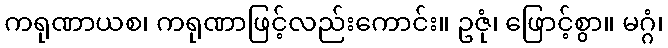
ကရုဏာယစ၊ ကရုဏာဖြင့်လည်းကောင်း။ ဥဇုံ၊ ဖြောင့်စွာ။ မဂ္ဂံ၊